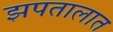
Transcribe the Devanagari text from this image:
झपतालात